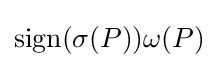
\mathrm {sign} (\sigma (P))\omega (P)